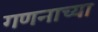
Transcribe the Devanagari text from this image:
गणनाच्या